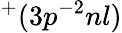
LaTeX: ^{+}(3p^{-2}nl)